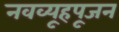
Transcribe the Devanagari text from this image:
नवव्यूहपूजन